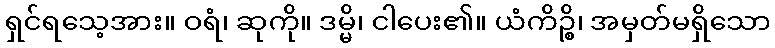
ရှင်ရသေ့အား။ ဝရံ၊ ဆုကို။ ဒမ္မိ၊ ငါပေး၏။ ယံကိဉ္စိ၊ အမှတ်မရှိသော